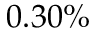
0 . 3 0 \%